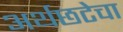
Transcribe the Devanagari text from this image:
अर्थछटेचा